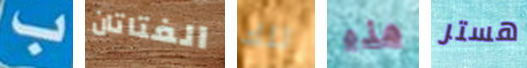
ب الفتاتان تلك هذه هستر